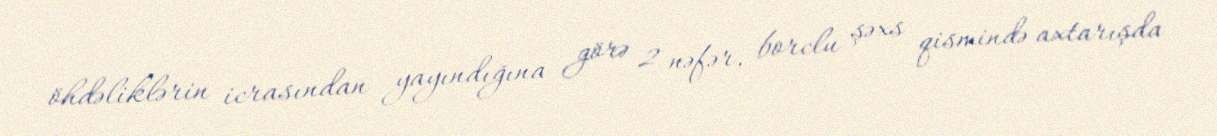
öhdəliklərin icrasından yayındığına görə 2 nəfər, borclu şəxs qismində axtarışda